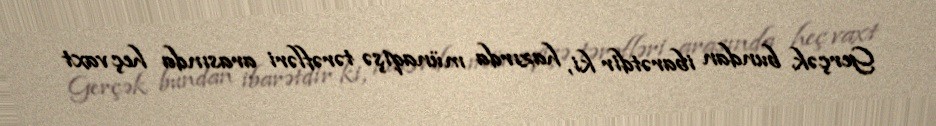
Gerçək bundan ibarətdir ki, hazırda münaqişə tərəfləri arasında heç vaxt